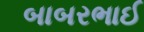
બાબરભાઈ